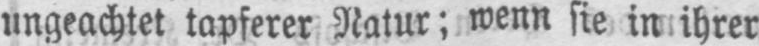
ungeachtet tapferer Natur; wenn sie in ihrer